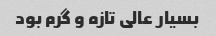
بسیار عالی تازه و گرم بود